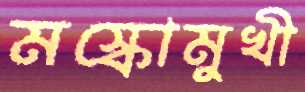
মস্কোমুখী